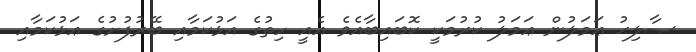
ޞާލިޙު ޢަމަލުން ޢަމަލު ކުރުމަކީ ކޮބައިބާއެވެ އެއީ ހިތުގެ އަޅުކަމާއި ބޭރުފުށުގެ ޢަޅުކަމާއި